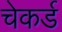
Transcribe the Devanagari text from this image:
चेकर्ड